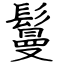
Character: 鬘